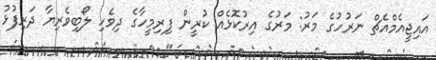
އައިޖީއެމްއެޗް ނަރުހުގެ މަރު: މަރުގެ އިރުކޮޅެއް ކުރީން ފިރިމީހާގެ ދިވެހި ލޯބިވެރިޔާ ދަރިފުޅު